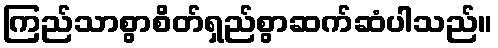
ကြည်သာစွာစိတ်ရှည်စွာဆက်ဆံပါသည်။